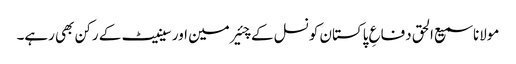
مولانا سمیع الحق دفاعِ پاکستان کونسل کے چئیرمین اور سینیٹ کے رکن بھی رہے۔